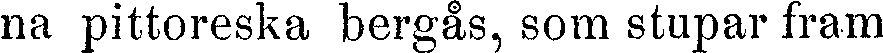
na pittoreska bergås, som stupar fram